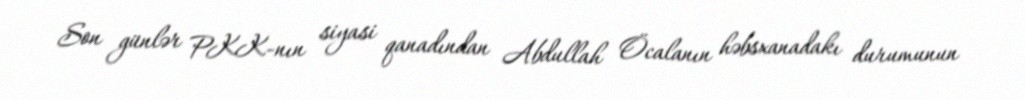
Son günlər PKK-nın siyasi qanadından Abdullah Öcalanın həbsxanadakı durumunun